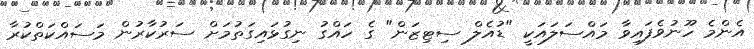
އެންމެ ހޫނުވެފައިވާ މައްސަލައަކީ "ޑުއެލް ސިޓިޒަން" ގެ ހައްގު ނިގުޅައިގަތުމަށް ސަރުކާރުން މަސައްކަތްކުރާ